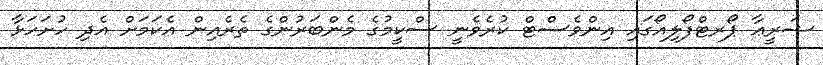
ޝަރީޢާ ޕޯރޓްފޯލިއޯގައި އިންވެސްޓް ކުރެވެނީ ސްކީމުގެ މެންބަރުންގެ ތެރެއިން އެކަމަށް އެދި ހުށަހަޅާ